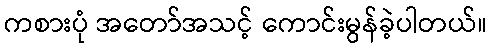
ကစားပုံ အတော်အသင့် ကောင်းမွန်ခဲ့ပါတယ်။